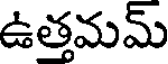
ఉత్తమమ్